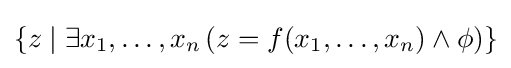
\{z\mid \exists x_{1},\ldots ,x_{n}\,(z=f(x_{1},\dots ,x_{n})\wedge \phi )\}